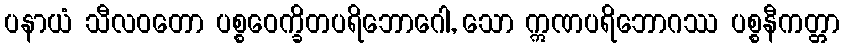
ပနာယံ သီလဝတော ပစ္စဝေက္ခိတပရိဘောဂေါ, သော ဣဏပရိဘောဂဿ ပစ္စနီကတ္တာ